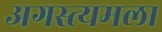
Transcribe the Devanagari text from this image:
अगस्त्यमला